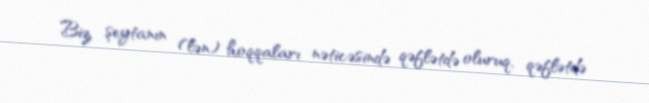
Biz şeytanın (lən) hoqqaları nəticəsində qəflətdə oluruq, qəflətdə